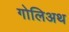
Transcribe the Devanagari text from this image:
गोलिअथ